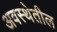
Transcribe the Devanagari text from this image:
अवस्‍थेतील